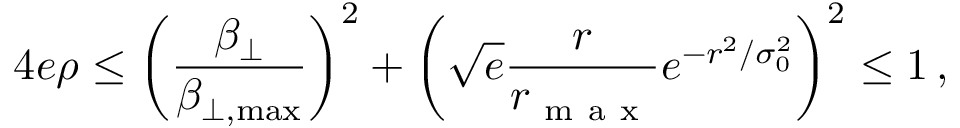
4 e \rho \le \left( \frac { \beta _ { \perp } } { \beta _ { \perp , \operatorname* { m a x } } } \right) ^ { 2 } + \left( \sqrt { e } \frac { r } { r _ { \mathrm { ~ m ~ a ~ x ~ } } } e ^ { - r ^ { 2 } / \sigma _ { 0 } ^ { 2 } } \right) ^ { 2 } \leq 1 \, ,